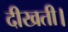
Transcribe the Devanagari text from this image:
दीखती।